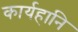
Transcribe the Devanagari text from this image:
कार्यहानि